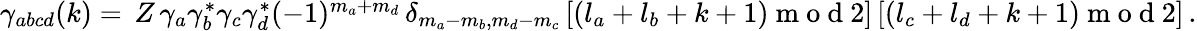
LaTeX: \begin{array}{r}{\gamma_{abcd}(k)=\, Z\, \gamma_{a}\gamma_{b}^{*}\gamma_{c}\gamma_{d}^{*}(-1)^{m_{a}+m_{d}}\, \delta_{m_{a}-m_{b},m_{d}-m_{c}}\, [(l_{a}+l_{b}+k+1)\mathrm{~m~o~d~}2]\, [(l_{c}+l_{d}+k+1)\mathrm{~m~o~d~}2]\, .}\end{array}